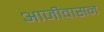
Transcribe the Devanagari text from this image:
आजीवासन